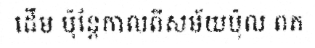
ដើម ប៉ុន្តែកាលពីសម័យប៉ុល ពត